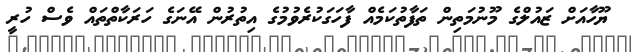
ޔޫހާއަށް ޒައުލްގެ މޫނުމަތިން ތަފާތުކަމެއް ފާހަގަކުރެވުމުގެ އިތުރުން އޭނަގެ ހަރަކާތްތައް ވެސް ހުރީ